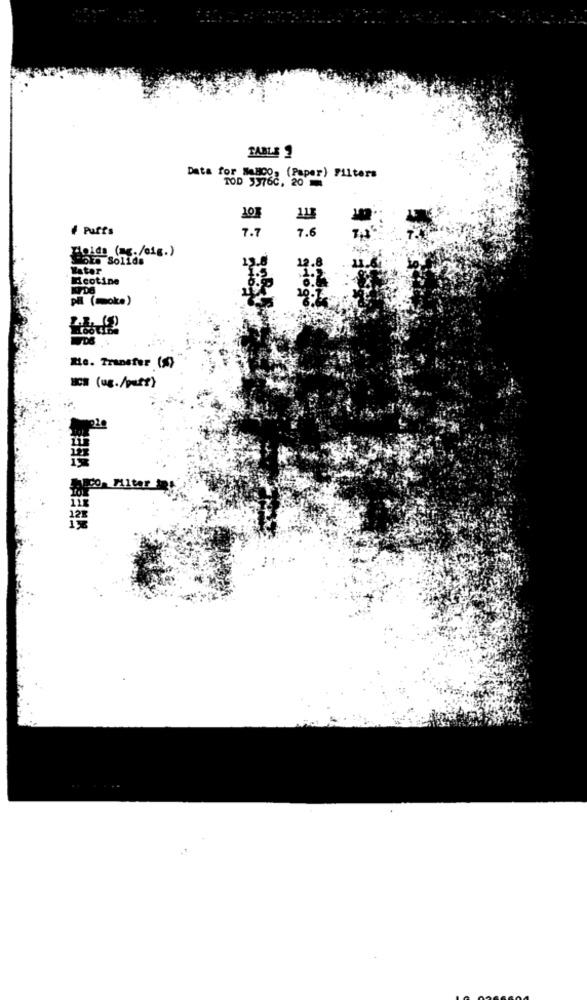
TABLE
Data for NoHCo, (Paper) Filters
TOD 5976C. 20
101
115
# Puffs
7.7
7.6
Holds (ag./cig.)
Solids
13.8
12.8
Water
Ecotine
1.
10.7.
PH (moke)
Me. Transfer (5)
ICH (ug./puff}
12
121